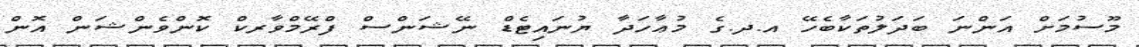
މޫސުމަށް އަންނަ ބަދަލުތަކާބެހޭ އ.ދ.ގެ މުޢާހަދާ ޔުނައިޓެޑް ނޭޝަންސް ފްރޭމްވާރކް ކޮންވެންޝަން އޮން